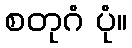
စတုဂံ ပုံ။